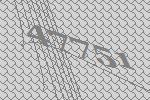
47751